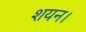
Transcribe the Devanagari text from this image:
शयन।